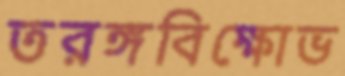
তরঙ্গবিক্ষোভ